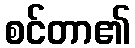
စင်တာ၏